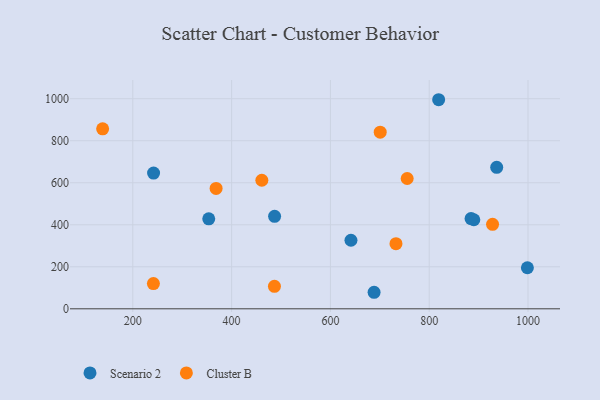
{"axis": {"x": "Distance", "y": "Fuel Efficiency"}, "legend": ["Cluster B", "Scenario 2"], "data": [{"x": "998.7", "y": 195.5, "type": "Scenario 2"}, {"x": "353.7", "y": 428.2, "type": "Scenario 2"}, {"x": "641.6", "y": 326.3, "type": "Scenario 2"}, {"x": "242.0", "y": 646.3, "type": "Scenario 2"}, {"x": "936.6", "y": 673.3, "type": "Scenario 2"}, {"x": "688.4", "y": 78.7, "type": "Scenario 2"}, {"x": "487.0", "y": 440.3, "type": "Scenario 2"}, {"x": "819.1", "y": 995.2, "type": "Scenario 2"}, {"x": "890.3", "y": 423.9, "type": "Scenario 2"}, {"x": "884.7", "y": 429.4, "type": "Scenario 2"}, {"x": "368.6", "y": 572.8, "type": "Cluster B"}, {"x": "928.2", "y": 402.1, "type": "Cluster B"}, {"x": "486.7", "y": 107.2, "type": "Cluster B"}, {"x": "700.8", "y": 840.7, "type": "Cluster B"}, {"x": "755.4", "y": 620.3, "type": "Cluster B"}, {"x": "461.2", "y": 611.8, "type": "Cluster B"}, {"x": "241.7", "y": 120.1, "type": "Cluster B"}, {"x": "732.7", "y": 310.1, "type": "Cluster B"}, {"x": "138.9", "y": 856.6, "type": "Cluster B"}]}